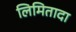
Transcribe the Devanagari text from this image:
लिमितादा